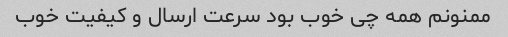
ممنونم همه چی خوب بود سرعت ارسال و کیفیت خوب